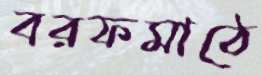
বরফমাঠে